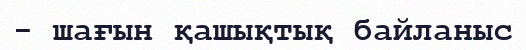
- шағын қашықтық байланыс